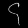
Digit: ၄